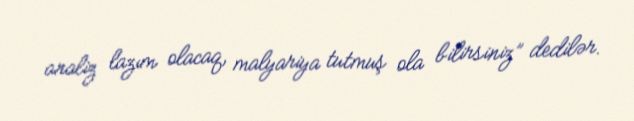
analiz lazım olacaq, malyariya tutmuş ola bilirsiniz” dedilər.